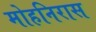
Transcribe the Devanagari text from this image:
मोहनिरास